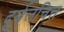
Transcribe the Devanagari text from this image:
दुर्बलचित्त